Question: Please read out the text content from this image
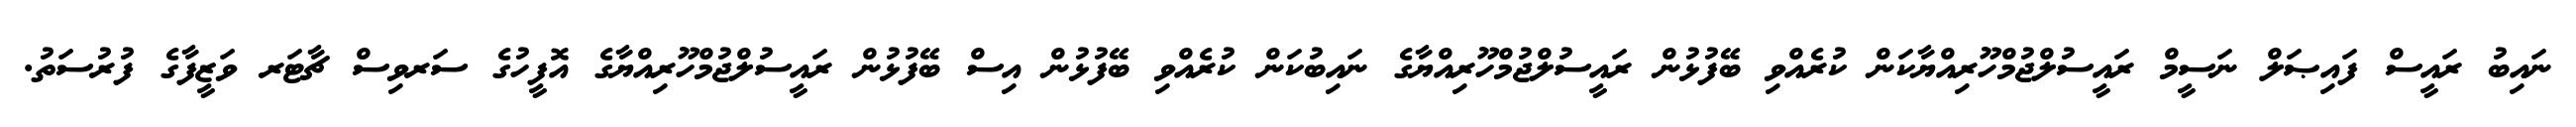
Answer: ނައިބު ރައީސް ފައިޞަލް ނަސީމް ރައީސުލްޖުމްހޫރިއްޔާކަން ކުރެއްވި ބޭފުޅުން ރައީސުލްޖުމްހޫރިއްޔާގެ ނައިބުކަން ކުރެއްވި ބޭފުޅުން އިސް ބޭފުޅުން ރައީސުލްޖުމްހޫރިއްޔާގެ އޮފީހުގެ ސަރވިސް ޗާޓަރ ވަޒީފާގެ ފުރުސަތު.